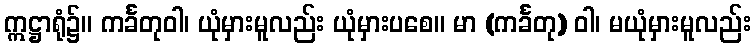
ဣဋ္ဌာရုံ၌။ ကင်္ခတုဝါ၊ ယုံမှားမူလည်း ယုံမှားပစေ။ မာ (ကင်္ခတု) ဝါ၊ မယုံမှားမူလည်း